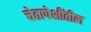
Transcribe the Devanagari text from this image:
चेतापेशींतील